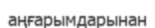
аңғарымдарынан